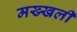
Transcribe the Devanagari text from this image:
मख्खली